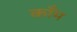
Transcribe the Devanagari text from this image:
काँम